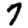
Digit: 7